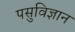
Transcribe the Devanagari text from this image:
पसुविज्ञान